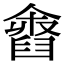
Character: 𦦓